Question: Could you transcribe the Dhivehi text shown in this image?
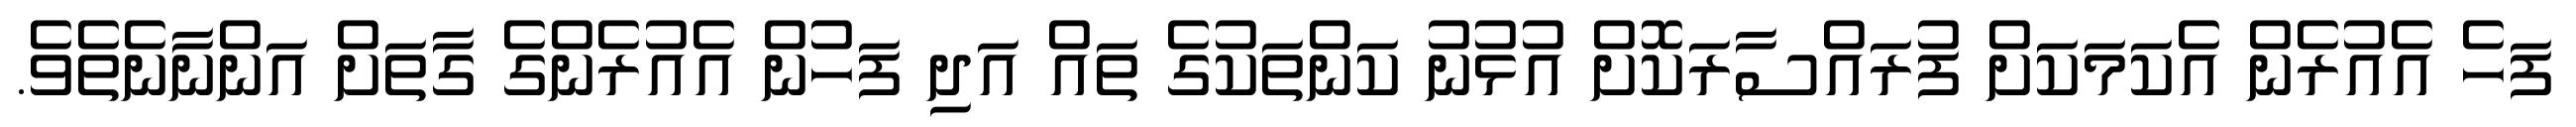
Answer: ފަހެ އެއުރެން އެކަމަކަށް ފުރައްސާރަކޮށް އުޅުނު ކަންތަކުގެ ތައް އަދި ފަހުން އެއުރެންގެ ގާތަށް އަންނާނެތެވެ.